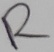
Text: R